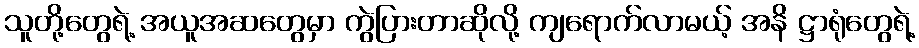
သူတို့တွေရဲ့ အယူအဆတွေမှာ ကွဲပြားတာဆိုလို့ ကျရောက်လာမယ့် အနိ ဋ္ဌာရုံတွေရဲ့